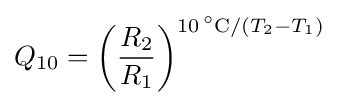
Q_{10}=\left({\frac {R_{2}}{R_{1}}}\right)^{10\,^{\circ }\mathrm {C} /(T_{2}-T_{1})}